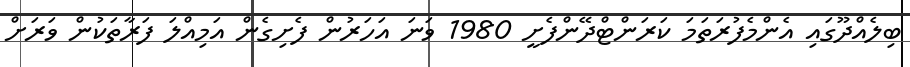
ބިލެއްދޫގައި އެންމެފުރަތަމަ ކަރަންޓްދޭންފެށީ 1980 ވަނަ އަހަރުން ފެށިގެން އަމިއްލަ ފަރާތަކުން ވަރަށް